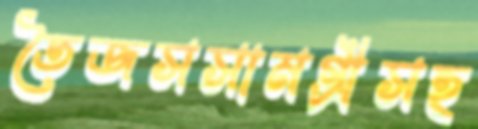
তৈজসসামগ্রীসহ